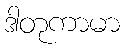
ဒါတုကာမာ